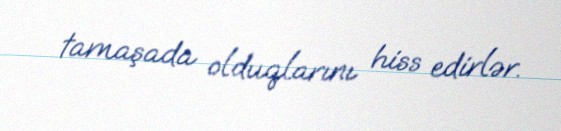
tamaşada olduqlarını hiss edirlər.